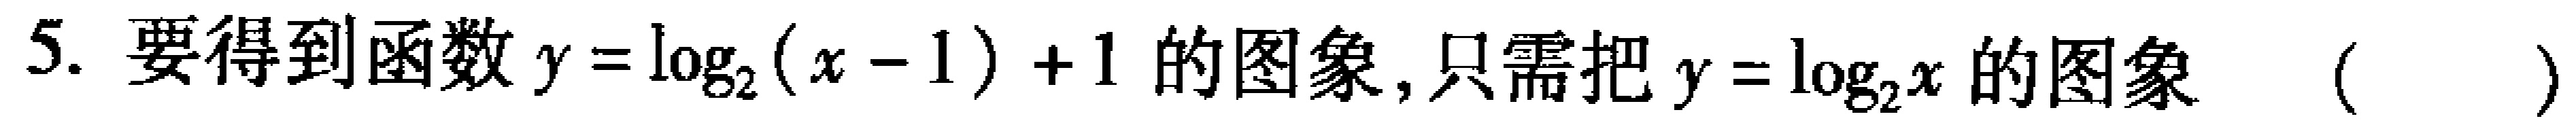
5. 要得到函数$y = \log_{2}(x - 1)+1$的图象, 只需把$y = \log_{2}x$的图象 （  ）